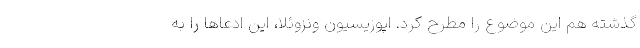
گذشته هم این موضوع را مطرح کرد. اپوزیسیون ونزوئلا، این ادعاها را به